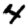
Digit: 4